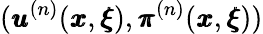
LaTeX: ({\pmb u}^{(n)}({\pmb x},{\pmb\xi}),{\pmb\pi}^{(n)}({\pmb x},{\pmb\xi}))